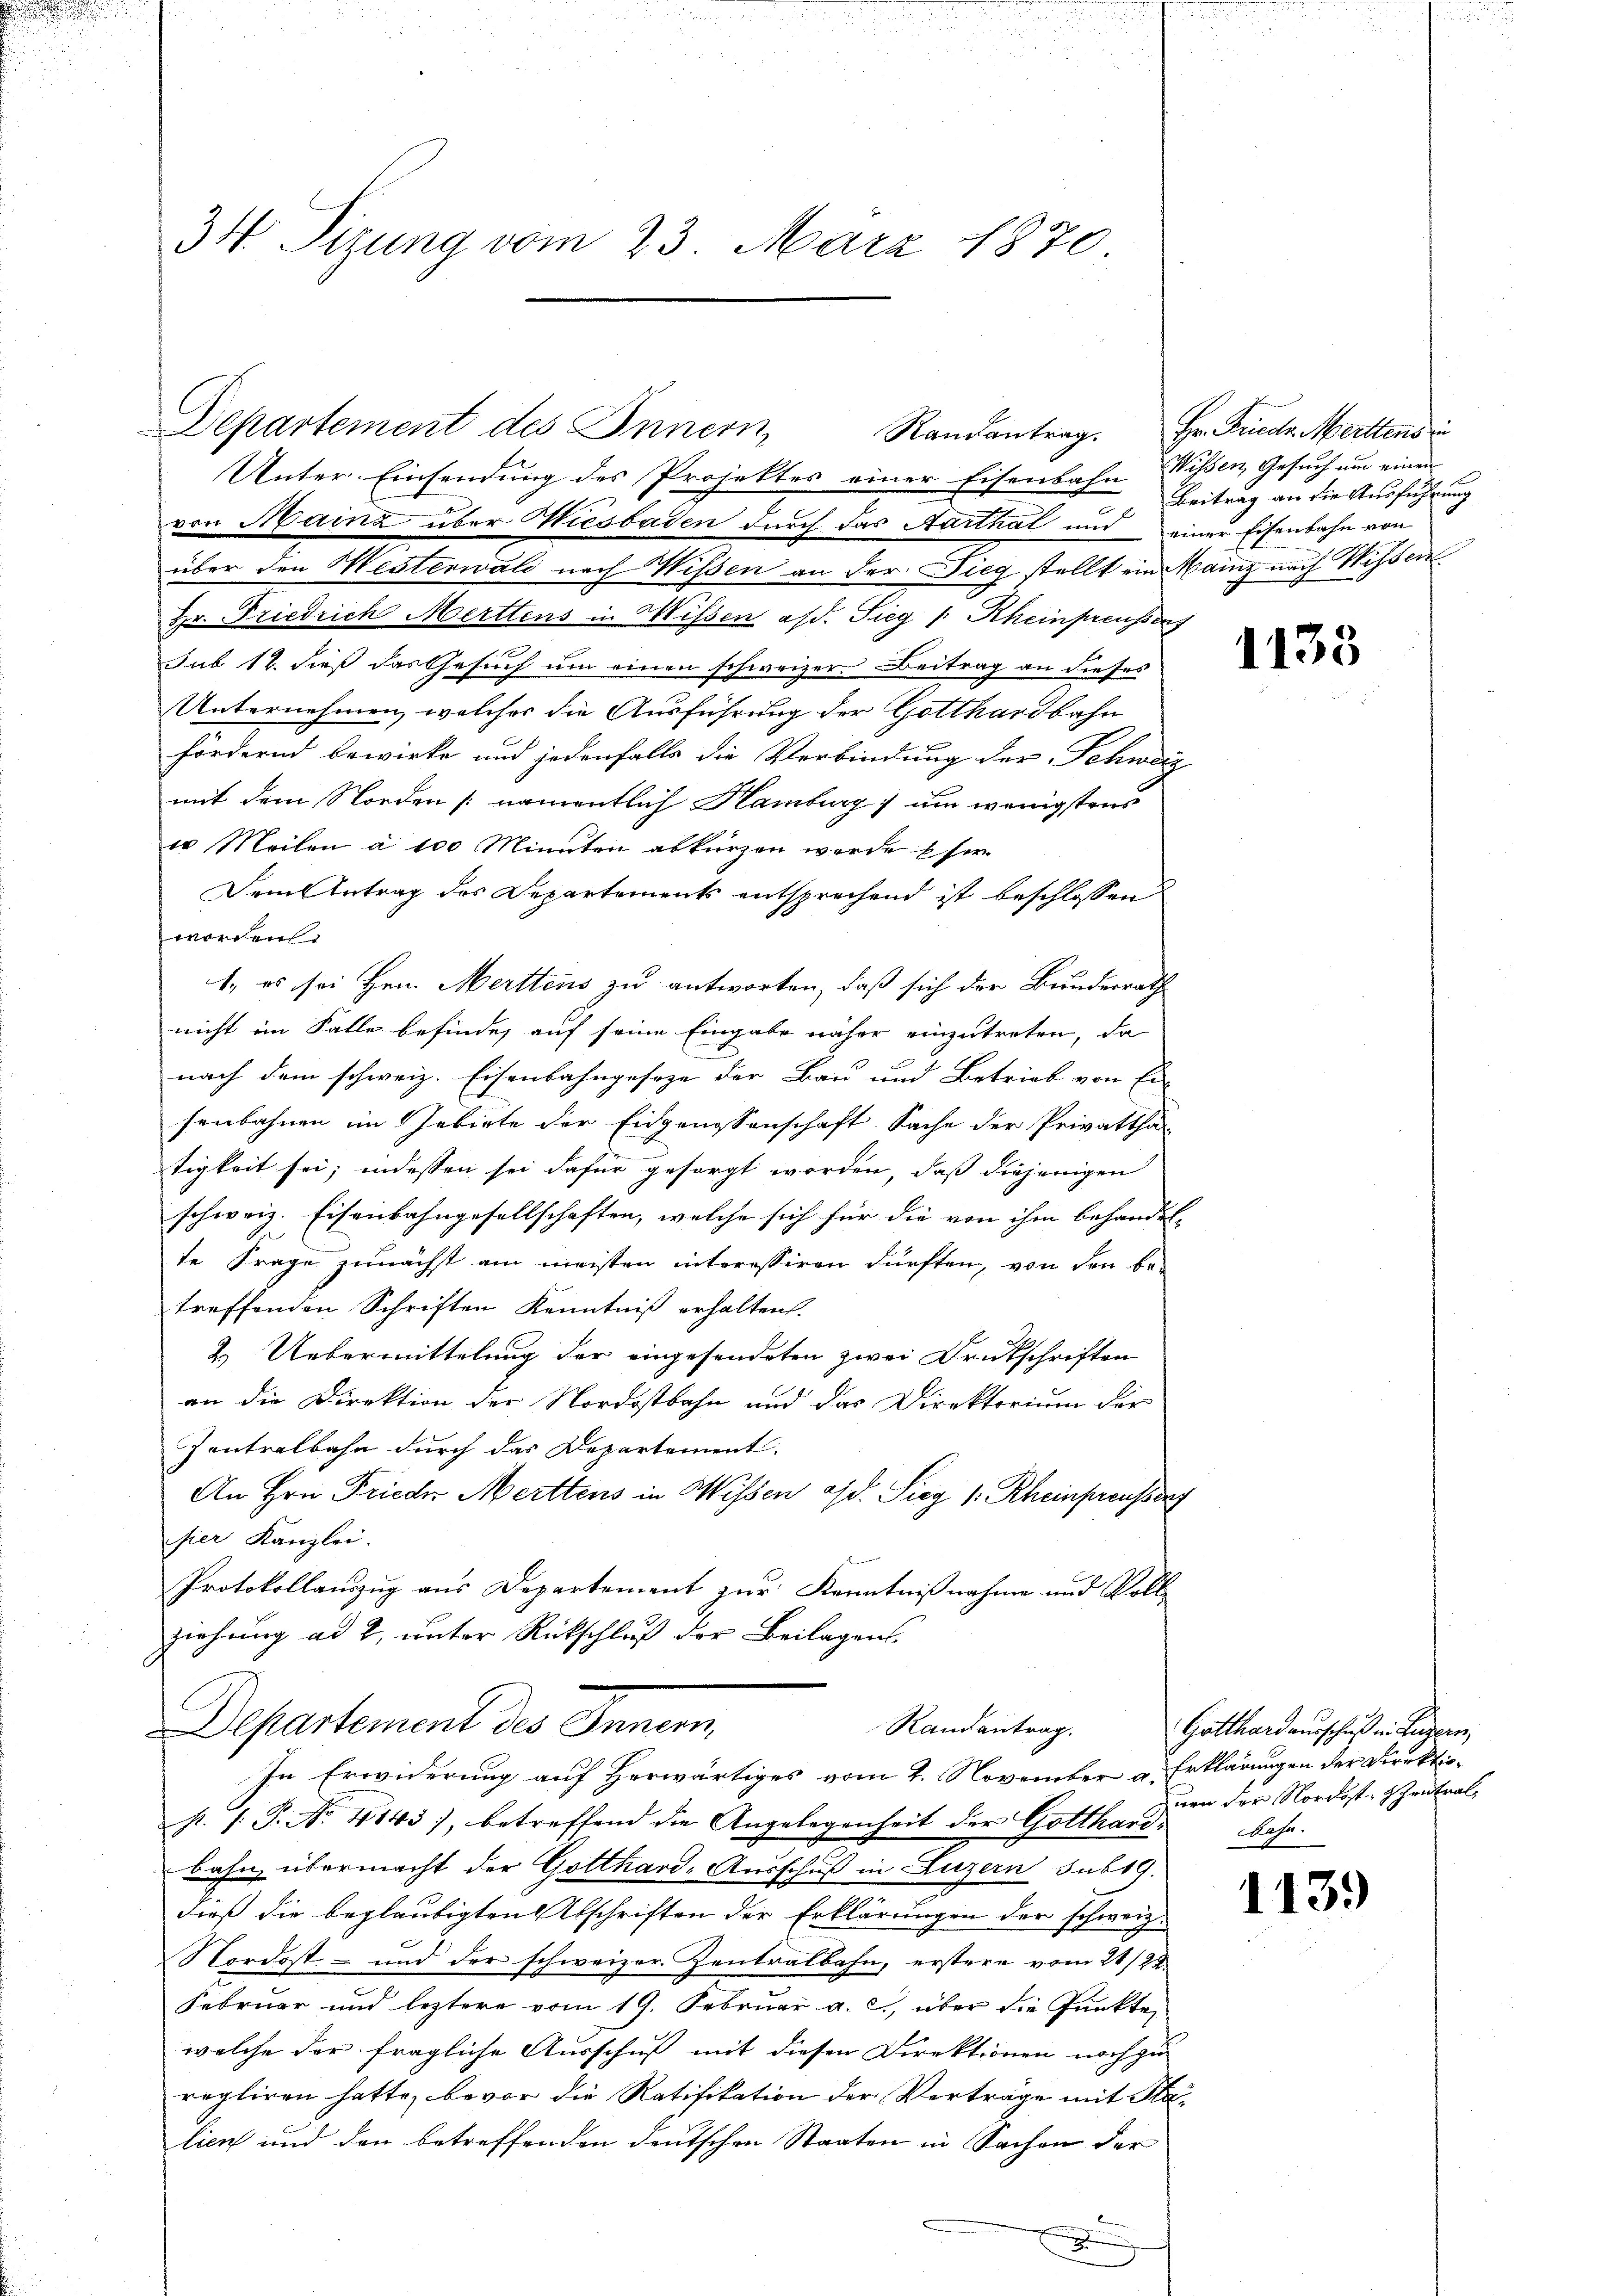
34. Sizung vom 23. März 1870

Departement des Innern,

Unter Einsendung des Projektes einer Eisenbahn Wissen, Gesuch um einen
von Mainz über Wiesbaden durch das Aarthal und einer Eisenbahn von
über den Mesterwald nach Wissen an der Sieg stellt ein Mainz nach Wissen
Hr. Friedrich Merttens in Wissen a/d. Sieg /: Rheinpreusserz
sub 12. dieß das Gesuch um einen schweizer. Beitrag an dieses
Unternehmen, welcher die Ausführung der Gotthardbahn
fördernd bewirke und jedenfalls die Verbindung der Schwarz
mit dem Norden [namentlich Hamburg) um wenigstens
10 Meilen à 100 Minuten abkürzen werde ser
Dem Antrag des Departements entsprechend ist beschlossen
worden
1., es sei Hrn. Merttens zu antworten, daß sich der Bundesrath
nicht im Falle befinde, auf seine Eingabe näher einzutreten, da
nach dem schweiz. Eisenbahngeseze der Bau und Betrieb von Er-
senbahnen im Gebiete der Eidgenossenschaft Sache der Privattha
tigkeit sei; indessen sei dafür gesorgt worden, daß diejenigen
schweiz. Eisenbahngesellschaften, welche sich für die von ihm behandel-
te Frage zunächst am meisten interessiren dürften, von den be-
treffenden Schriften Kenntniß erhalten.
2. Uebermittelung der eingesendeten zwei Druckschriften
an die Direktion der Nordostbahn und das Direktorium der
Contralbahn durch das Departement.
An Hrn. Frieder Merttens in Wissen a/d. Sieg 1. Rheinpreusser
per Kanzlei.
Protokollauszug aus Departement zur Kenntnißnahme und Voll
ziehung ad 2, unter Rückschluß der Beilagens-
Departement des Innern,
Randantrag.
In Erwiderung auf Herwärtiges vom 4. November a. Erklärungen der Direktiop. P. Nr. 4143), betreffend die Angelegenheit der Gotthardbahn.
bahn übermacht der Gotthard-Ausschuß in Luzern sub 19.
dieß die beglaubigten Abschriften der Erklärungen der schweiz.
Nordost- und der schweizer Zentralbahn, erstere vom 21/22.
Februar und leztere vom 19. Februar a. c., über die Punkte
welche der fragliche Ausschuß mit diesen Direktionen noch zu
regliren hatte, bevor die Ratifikation der Verträge mit Ha-
lien und den betreffenden deutschen Staaten in Sachen der
.

Randantrag. Hr. Friedr. Merttens in
Beitrag an die Ausführung

1133

Gotthard ausschuß in Luzern,
uen der Nordost- retral¬

1139